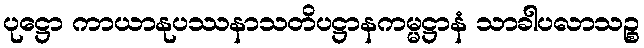
ပုဋ္ဌော ကာယာနုပဿနာသတိပဋ္ဌာနကမ္မဋ္ဌာနံ သာခါပလာသဉ္စ